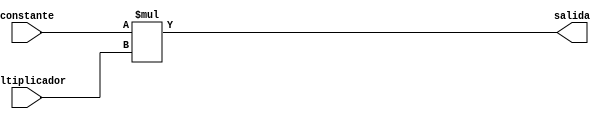
`timescale 1ns / 1ps

module multiplicador(constante,multiplicador,salida);
input signed [8:0]constante,multiplicador;
output wire[17:0]salida;
assign salida=constante*multiplicador;
endmodule